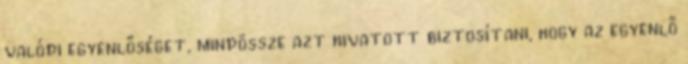
valódi egyenlőséget, mindössze azt hivatott biztosítani, hogy az egyenlő